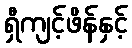
ရှီကျင့်ဖိန်နှင့်